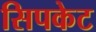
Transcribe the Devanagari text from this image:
सिपकेट